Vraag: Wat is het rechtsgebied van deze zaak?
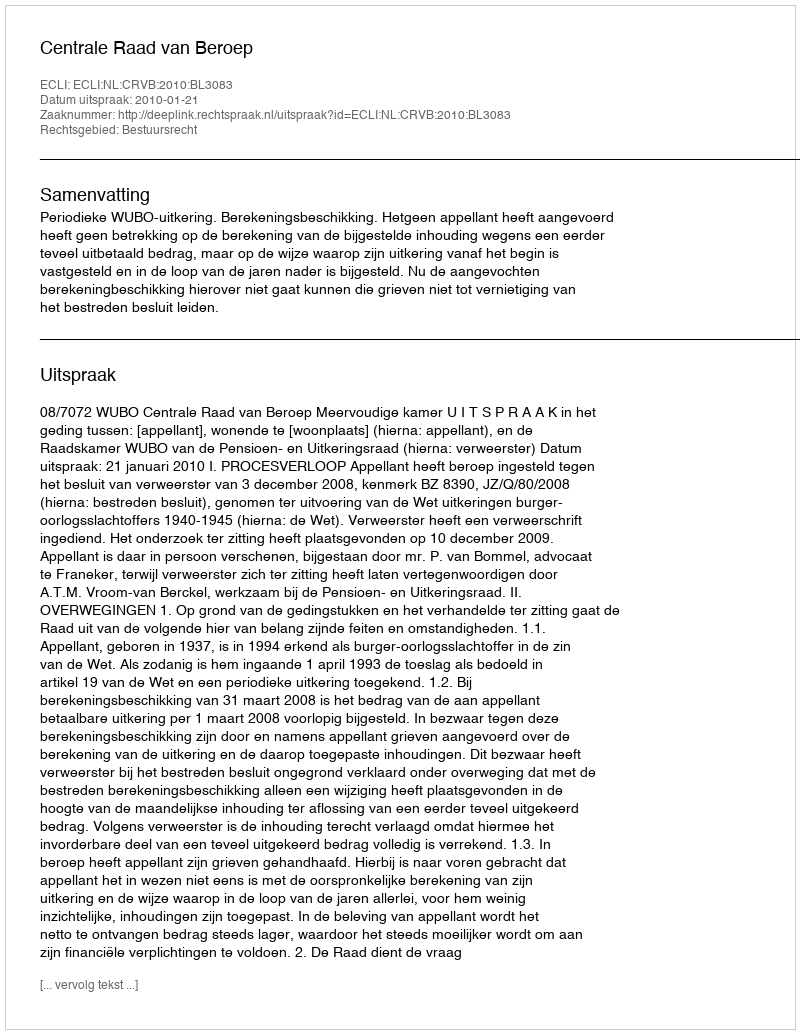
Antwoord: Bestuursrecht